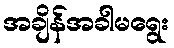
အချိန်အခါမရွေး